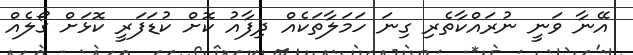
އޭނާ ވަނީ ނުރައްކާތެރި ގިނަ ހަމަލާތަކެއް ދިފާއު ކޮށް ކުޑަފަރީ ކޮޅަށް ގޯލެއް